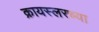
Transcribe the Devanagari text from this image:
क्रायस्लरच्या